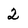
Character: 2